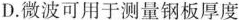
D.微波可用于测量钢板厚度